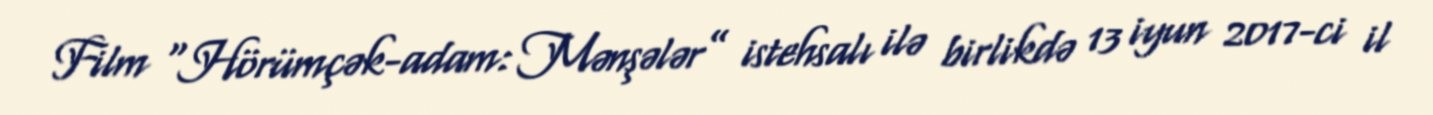
Film “Hörümçək-adam: Mənşələr” istehsalı ilə birlikdə 13 iyun 2017-ci il